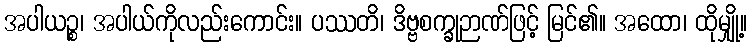
အပါယဉ္စ၊ အပါယ်ကိုလည်းကောင်း။ ပဿတိ၊ ဒိဗ္ဗစက္ခုဉာဏ်ဖြင့် မြင်၏။ အထော၊ ထိုမျှို့။